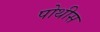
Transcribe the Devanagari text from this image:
पोथीस